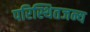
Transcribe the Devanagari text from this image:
परिस्थितजन्य